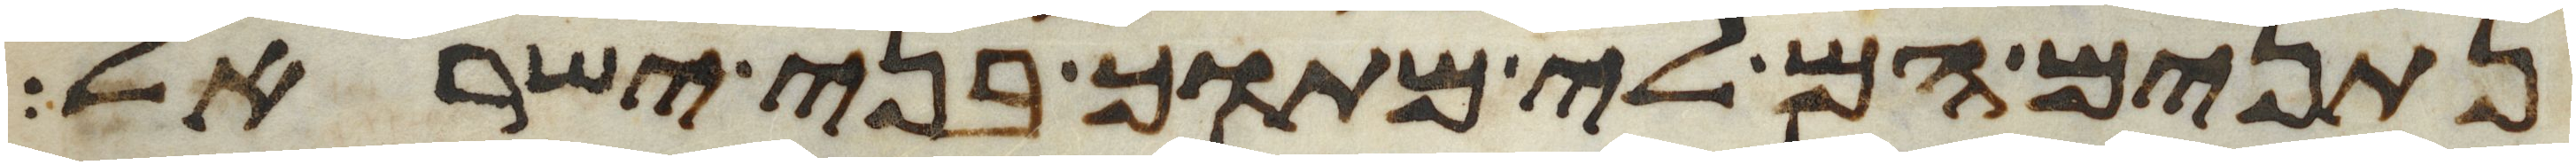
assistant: נתנים הם לי מתוך בני ישראל